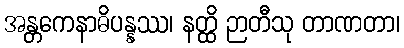
အန္တကေနာဓိပန္နဿ၊ နတ္ထိ ဉာတီသု တာဏတာ၊